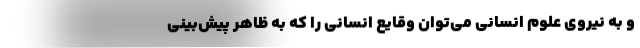
و به نیروی علوم انسانی می‌توان وقایع انسانی را که به ظاهر پیش‌بینی